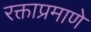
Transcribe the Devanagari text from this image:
रक्ताप्रमाणे